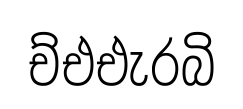
ච්එඑැරබි